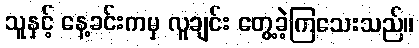
သူနှင့် နေ့ခင်းကမှ လူချင်း တွေ့ခဲ့ကြသေးသည်။